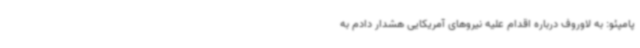
پامپئو: به لاوروف درباره اقدام علیه نیروهای آمریکایی هشدار دادم به